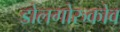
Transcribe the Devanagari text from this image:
डोलगोरुकोव